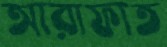
আরাফাত